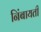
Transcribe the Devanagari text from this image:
निंबायती